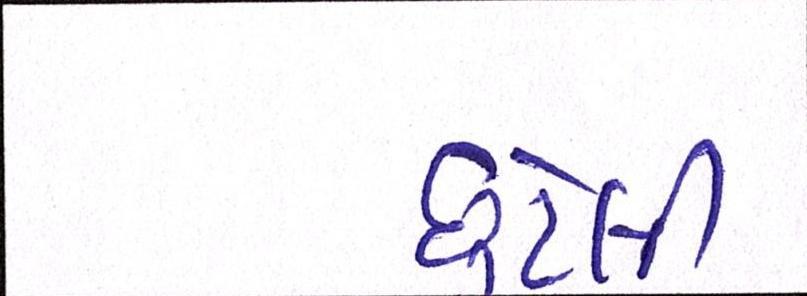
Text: છુટેલી